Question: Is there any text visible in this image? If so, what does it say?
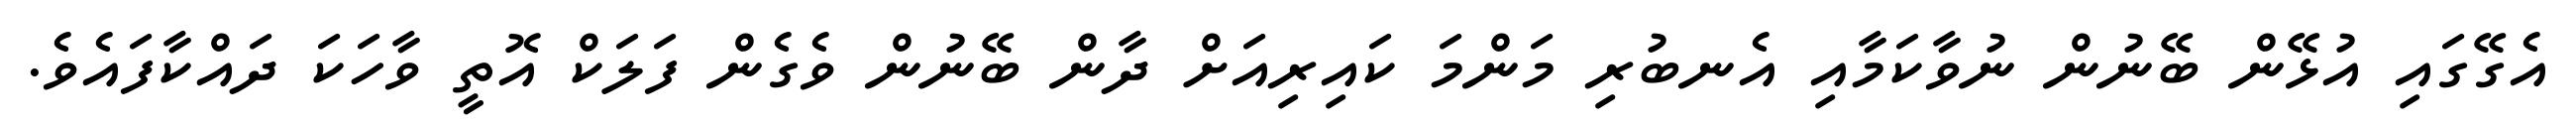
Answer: އެގޭގައި އުޅޭން ބޭނުން ނުވާކަމާއި އެނބުރި މަންމަ ކައިރިއަށް ދާން ބޭނުން ވެގެން ފަލަކް އޮތީ ވާހަކަ ދައްކާފައެވެ.